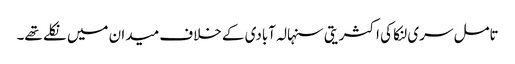
تامل سری لنکا کی اکثریتی سنہالہ آبادی کے خلاف میدان میں نکلے تھے۔